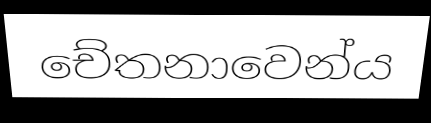
චේතනාවෙන්ය